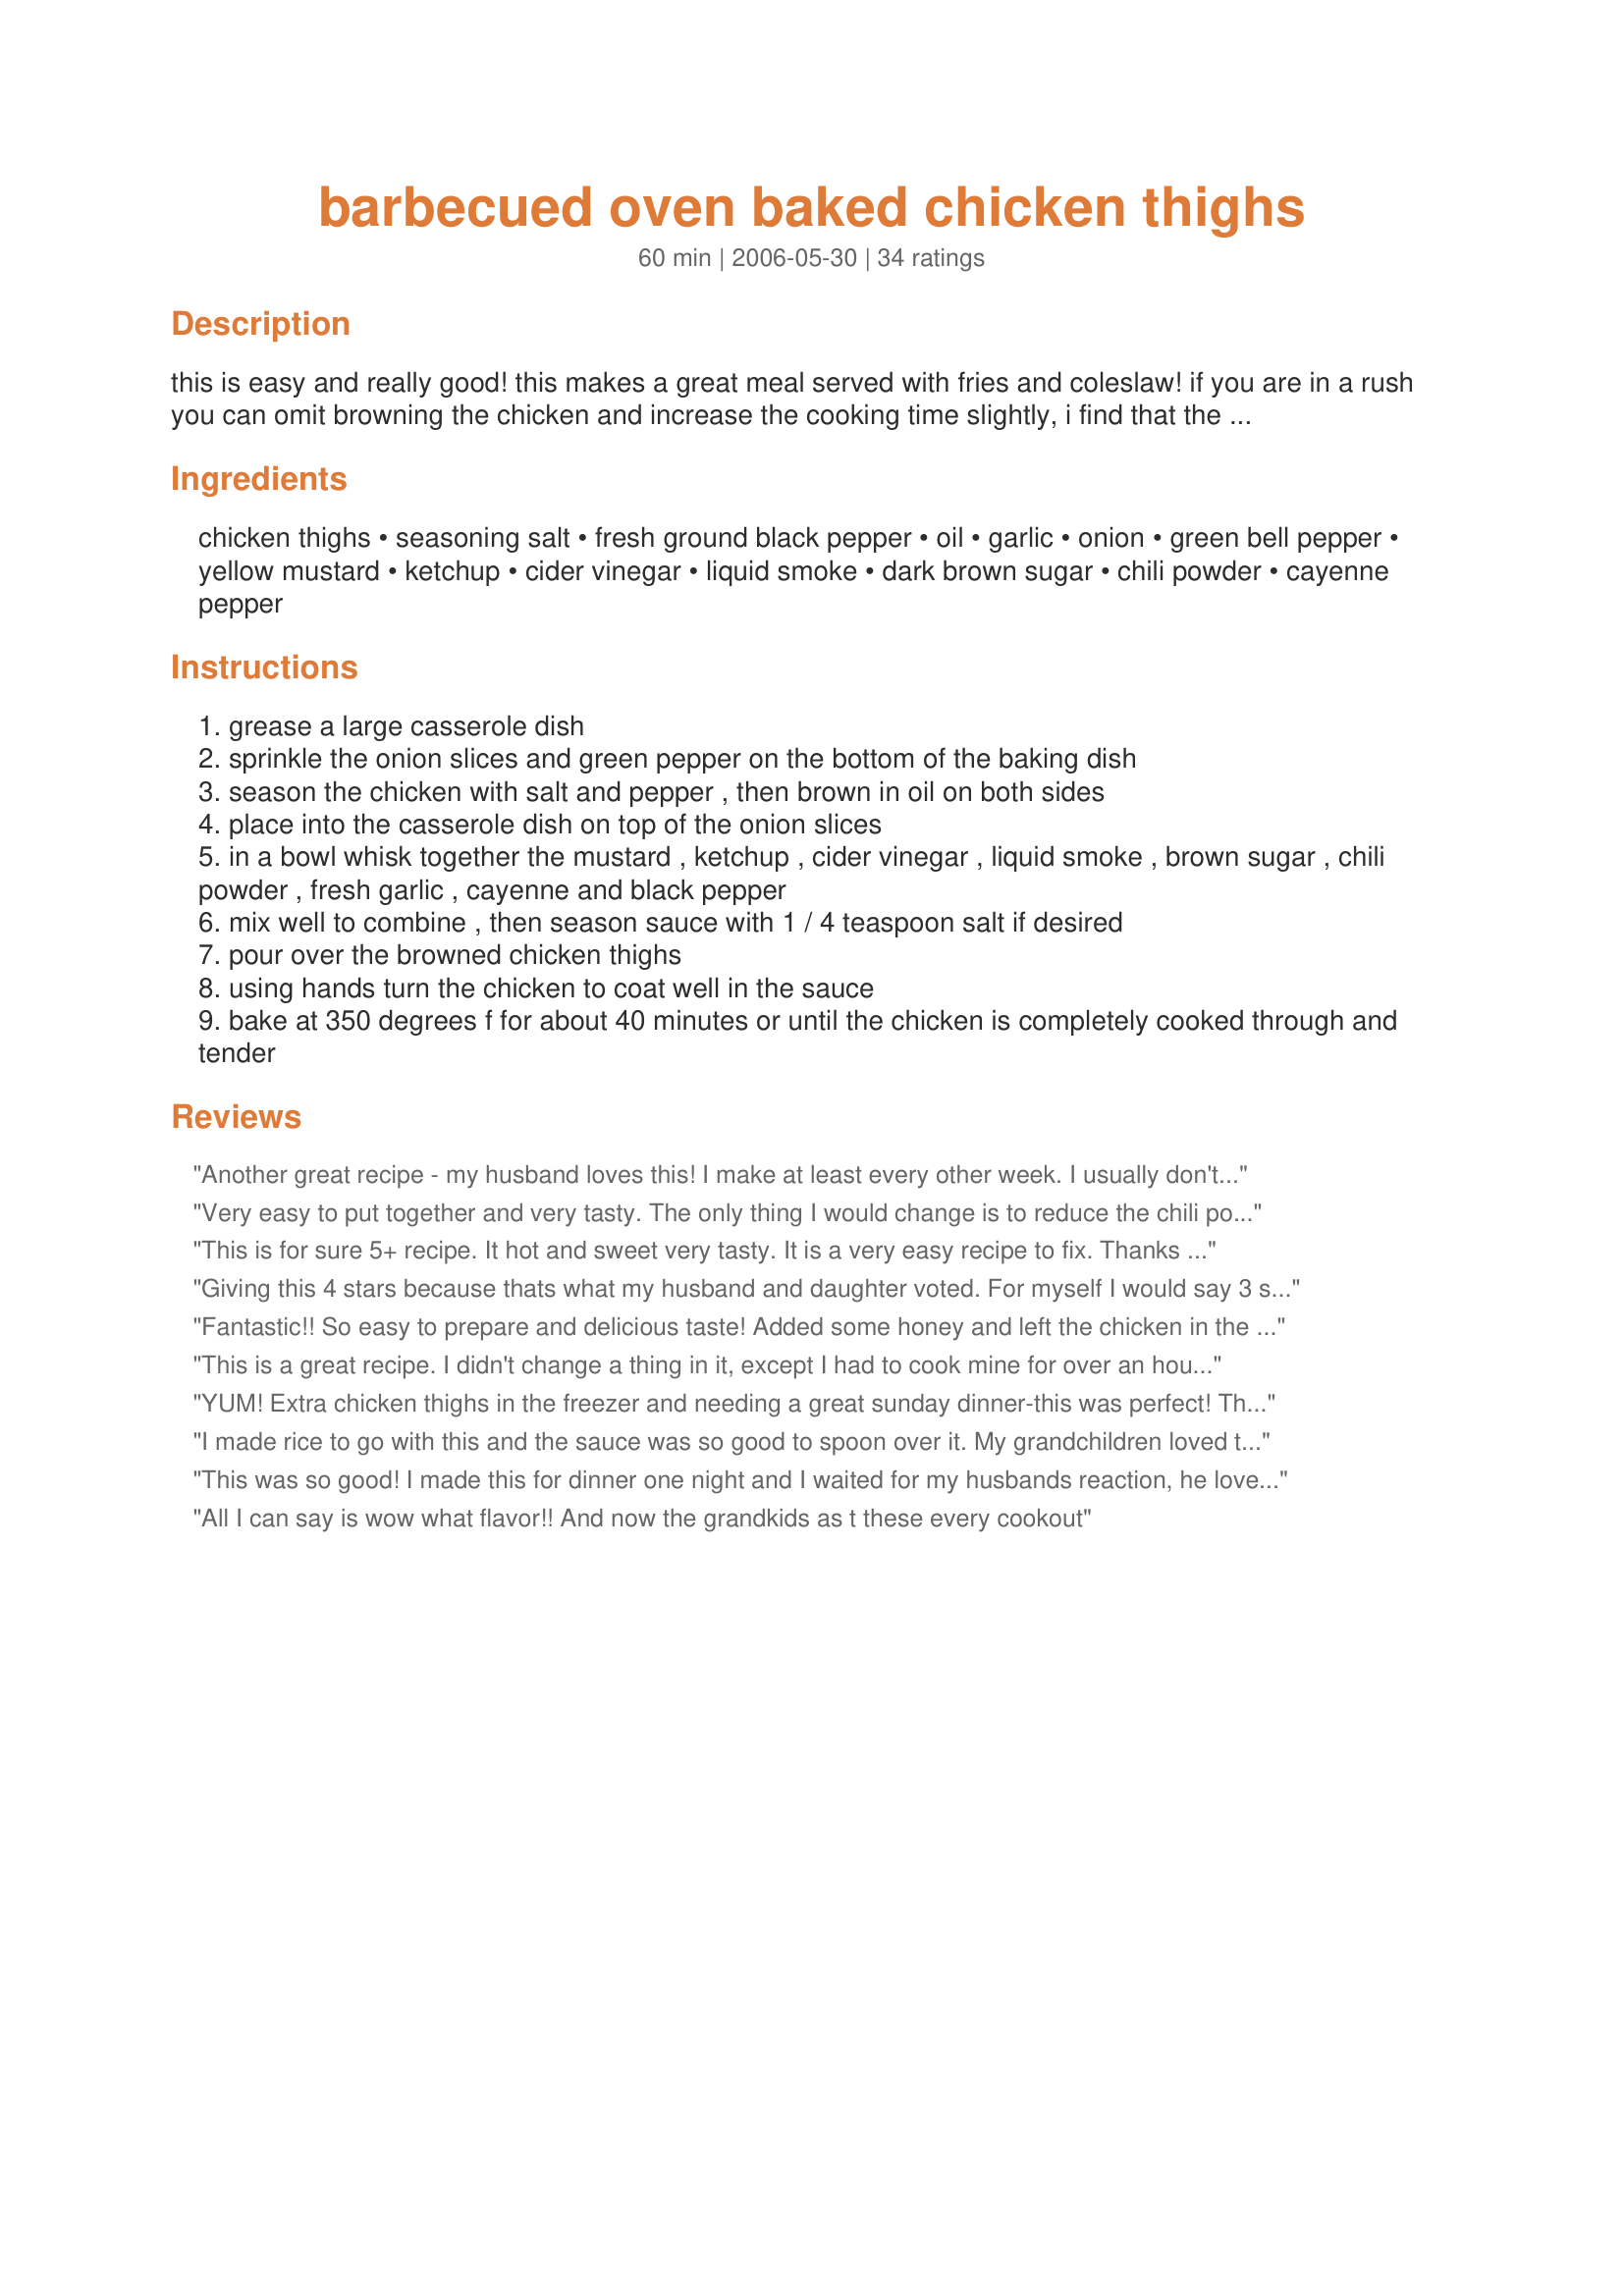
barbecued oven baked chicken thighs
Preparation time: 60 minutes

this is easy and really good! this makes a great meal served with fries and coleslaw! if you are in a rush you can omit browning the chicken and increase the cooking time slightly, i find that the sauce will be thinner from the chicken juices if you do not brown the chicken first, browning also adds to the flavor of this dish --- if possible use only french's mustard for this, for some reason other brands of prepared mustard are just not as good. adjust all ingredients to taste if you prefer a sweeter sauce add in more brown sugar.

Ingredients:
chicken thighs, seasoning salt, fresh ground black pepper, oil, garlic, onion, green bell pepper, yellow mustard, ketchup, cider vinegar, liquid smoke, dark brown sugar, chili powder, cayenne pepper

Steps:
grease a large casserole dish
sprinkle the onion slices and green pepper on the bottom of the baking dish
season the chicken with salt and pepper , then brown in oil on both sides
place into the casserole dish on top of the onion slices
in a bowl whisk together the mustard , ketchup , cider vinegar , liquid smoke , brown sugar , chili powder , fresh garlic , cayenne and black pepper
mix well to combine , then season sauce with 1 / 4 teaspoon salt if desired
pour over the browned chicken thighs
using hands turn the chicken to coat well in the sauce
bake at 350 degrees f for about 40 minutes or until the chicken is completely cooked through and tender

Reviews:
Another great recipe - my husband loves this! I make at least every other week. I usually don't use the bell pepper and substitute red onion for the white - it adds a nice sweetness. The bbq sauce is excellent - you won't be disappointed!
Very easy to put together and very tasty. The only thing I would change is to reduce the chili powder a bit the next time since it is very strong. Other than that, it is delicious.
This is for sure 5+ recipe. It hot and sweet very tasty. It is a very easy recipe to fix. Thanks so much Kitten for posting another great recipe.
Giving this 4 stars because thats what my husband and daughter voted. For myself I would say 3 stars. I sliced the peppers and onions. I liked those better then the chicken. Made with fried rice.
Fantastic!! So easy to prepare and delicious taste! Added some honey and left the chicken in the marinade over night.. Thanx for great recipe!
This is a great recipe. I didn't change a thing in it, except I had to cook mine for over an hour, even though I browned it first. We also must not be big eaters because I feed five with this recipe and had enought for two more, to eat, that's OK Dad and I can have it tomorrow. The flavor of this is just excellent.
YUM! Extra chicken thighs in the freezer and needing a great sunday dinner-this was perfect! The flavor of the sauce is really zingy...just the right balance of sweet/tangy/saucy. Served along side roasted tomatoes with parm and homemade mac n cheese. We all loved it. Company worthy, but weeknight easy. Thanks Kitten!
I made rice to go with this and the sauce was so good to spoon over it. My grandchildren loved them so much, I have made it several times now and each time they dig in and munch out until all there is left is bones! We all love it!
This was so good! I made this for dinner one night and I waited for my husbands reaction, he loved it and told me it was to be a repeat, when he loves a new dish he will tell me its a repeat, well this one he said is a repeat, repeat, repeat. Thank you for sharing a awesome recipe.
All I can say is wow what flavor!! And now the grandkids as t these every cookout
this dish was really good,I loved the flavor and the spice. I recomend anyone who wants to try somthing different to try this! :)im going to try this on pork chops
This was so very tasty. We loved the green peppers and onions in it. It had just the right amount of sweetness in it. Will make many more times I'm sure. Thanks for posting this recipe.
This was very good. We all liked it. I would make it again for sure.

I did not add the onions, or peppers, or the oil. I just baked the chicken, not browning. I used 3 pounds chicken legs.

I did cut down on the chili powder, but next time I will use all it calls for.

I also marinade it for several hours before cooking. Very tender and yummy.

Thanks for a super recipe.
I made this for our Sunday dinner and it was enjoyed by all. My oldest daughter only complaint was that there wasn&#039;t enough sauce LOL. But of course I can adjust that next time. Tyvm
This was a HUGE success with the kids and my husband! I had three children helping with the meal prep and it was so much easier this way. Definitely a keeper - the sauce was awesome!
Kittencal, your recipe is very tasty. You suggest we adjust all ingredients to taste so next time I will use less mustard. I used French's mustard as you suggested and the flavor in the recipe was a bit strong for me. DH loved the thighs as is! I definitely will be making again. Thanks so much for posting. M.Joan
I was looking for a quick, easy recipe for dinner when I found this one. THANK YOU SO MUCH FOR SHARING. I left out the liquid smoke (because I didn't have any) and used ground jalapeno instead of the ground red pepper (again because I didn't have any). It was delicious none the less. This will be one of my staple recipes from now on.
Visually appealing and tasty. A nice way to use cheaper parts of the chicken! I think even die-hard "chicken breast only" eaters would enjoy chicken thighs this way.
Another great recipe...Thanks KITTENCAL! Followed exactly and pan fried the chicken first. I didn't have the seasonong salt so I used a combo of pepper, garlic salt and paprika to season the chicken. We love the strong flavors of the sauce with the chicken, peppers and onions. Would not change a thing! My hubby's only complaint was that he would have preferred some steaming white rice over the mash potatoes I served.
This chicken was the bomb Kitten. Even better the next day. All the ingredients complimented one another perfectly, resulting in a memorable meal. The flavor of the chicken is too die for, and it was incredibly tender. The sauce is the icing on the cake, so to speak. Thanks for sharing another winner my friend. Made for What&#039;s on the Menu Tag Game 2015.
W-O-W. this could not have been any easier...or tastier! i didn't have any liquid smoke on hand, so i omitted that -- it didn't matter. i overdid it on the ground red pepper -- it didn't matter (too much). i think i even put waaaaaay too much onion and bell pepper in there -- it still didn't matter! it would be really tough to completely mess this up! DH loved it from the first bite. we're thinking of perhaps incorporating pineapple into the recipe next time. thank you so much, kittencal, for another wonderful dish!!
Wow! This was great! Very flavorful. I loved the flavor of the sauce and the peppers and onions. Definitely a keeper! Thanks.

This recipe is absolutely wonderful! I&#039;ve made it twice in the last 3 weeks at the request of my husband. I make a lot of freezer meals and this one is a great addition to our rotation. I combined this with rice the first time and I&#039;ll make it with mashed potatoes this time. This is a definite keeper. Thank you for posting it.
My husband is not a huge chicken fan, definitely a beef guy, but he really loved this recipe. He asked where I got the recipe and I told him it was from Kittencal at Recipezaar and he wanted to make sure that I gave it 5 stars and a big Thank-you from him. :-) I took the skin off my chicken thighs and browned them. I served this with homemade fries and salad as you suggested for a great meal! THANK-YOU!
Wonderful recipe, Kitten, as always! :) I didn't have peppers, so I left those out. I also thought about leaving out the sugar, but glad I didn't because it would have been way too vinegary. I love vinegar but I have to watch the sour stuff with DH! We'll make this again!
Who didnt know this would be your recipe!!! Thank you AGAIN for sharing such a lovely dish!!!!
We loved the chicken and the sauce was fantastic!!I did fry onions lightly,and used green tobasco,few drops and few drops chipolte chili,instead of chili powder.Used boneless skinless thighs,so cooked in a little less time.Will make again,thanks.
This was really good! I cut down on the chili powder and omitted the red pepper so my son would eat it; I think I'll try the full strength next go round. Thanks for the posting!
we LOVE this chicken. we have made it 3 times now [and i am making it again tonight for company!].. i have to say, though, that it is much much better with bone-in skin-on thighs. we did try it once with the boneless skinless, and we were not nearly as impressed with the results!! so good. love your recipes kittencal!
Mmmmmm...great chicken. The sauce cooks up to be this delightful barbecue sauce. I made it just as written but halved the chili powder. I opted not to brown the chicken first; it was done in 50 minutes. Thanx so much for sharing; I'll make this again.
Girl I love all of your recipes! I am making this one tonight sounds delish
I really love the taste of the sauce. Maybe it's the liquid smoke that adds a little something. I used boneless skinless chicken thighs. No salt and pepper. I didn't brown them. I used 1 tbs garlic. I onion sliced, 1 small red bell pepper. Maybe less than 1/4 cup yellow mustard cause that's all I got :( A little bit less brown sugar, maybe 1/2 cup. I used 1 tbs chili powder cause I really like chili powder. No ground red pepper cause I have to think of my son who's going to eat this ;) Thanks Kit :) Made for Zaar Star Game
Mmmm...what more can I say? I removed the skin from the chicken thighs before browning and it was still perfectly moist and YUM. I also basted once during baking. Great recipe, Kittencal!
This is good and easy. 5 stars is reserved in my cookbook for WOW! FANTASTIC! EXTRAORDINARY! and this is good, quick and easy. Tasty too.
